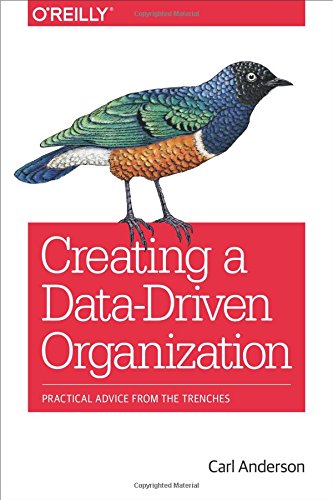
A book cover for Creating a Data-Driven Organization; Carl Anderson; Computers & Technology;